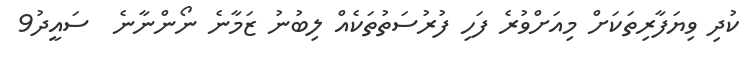
ކުދި ވިޔަފާރިތަކަށް މިއަށްވުރެ ފަހި ފުރުސަތުތަކެއް ލިބުނު ޒަމާނެ ނޯންނާނެ  ސައީދު9